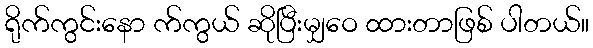
ရိုက်ကွင်းနော က်ကွယ် ဆိုပြီးမျှဝေ ထားတာဖြစ် ပါတယ်။